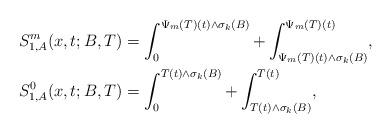
LaTeX: \begin{align*} &S_{1,A}^m(x , t; B,T)=\int_0^{\Psi_m(T)(t) \wedge \sigma_k(B)}+ \int_{\Psi_m(T)(t) \wedge \sigma_k(B)}^{\Psi_m(T)(t)},\\&S_{1,A}^0(x , t; B, T)=\int_0^{T(t) \wedge \sigma_k(B)}+ \int_{T(t) \wedge \sigma_k(B)}^{T(t) },\end{align*}